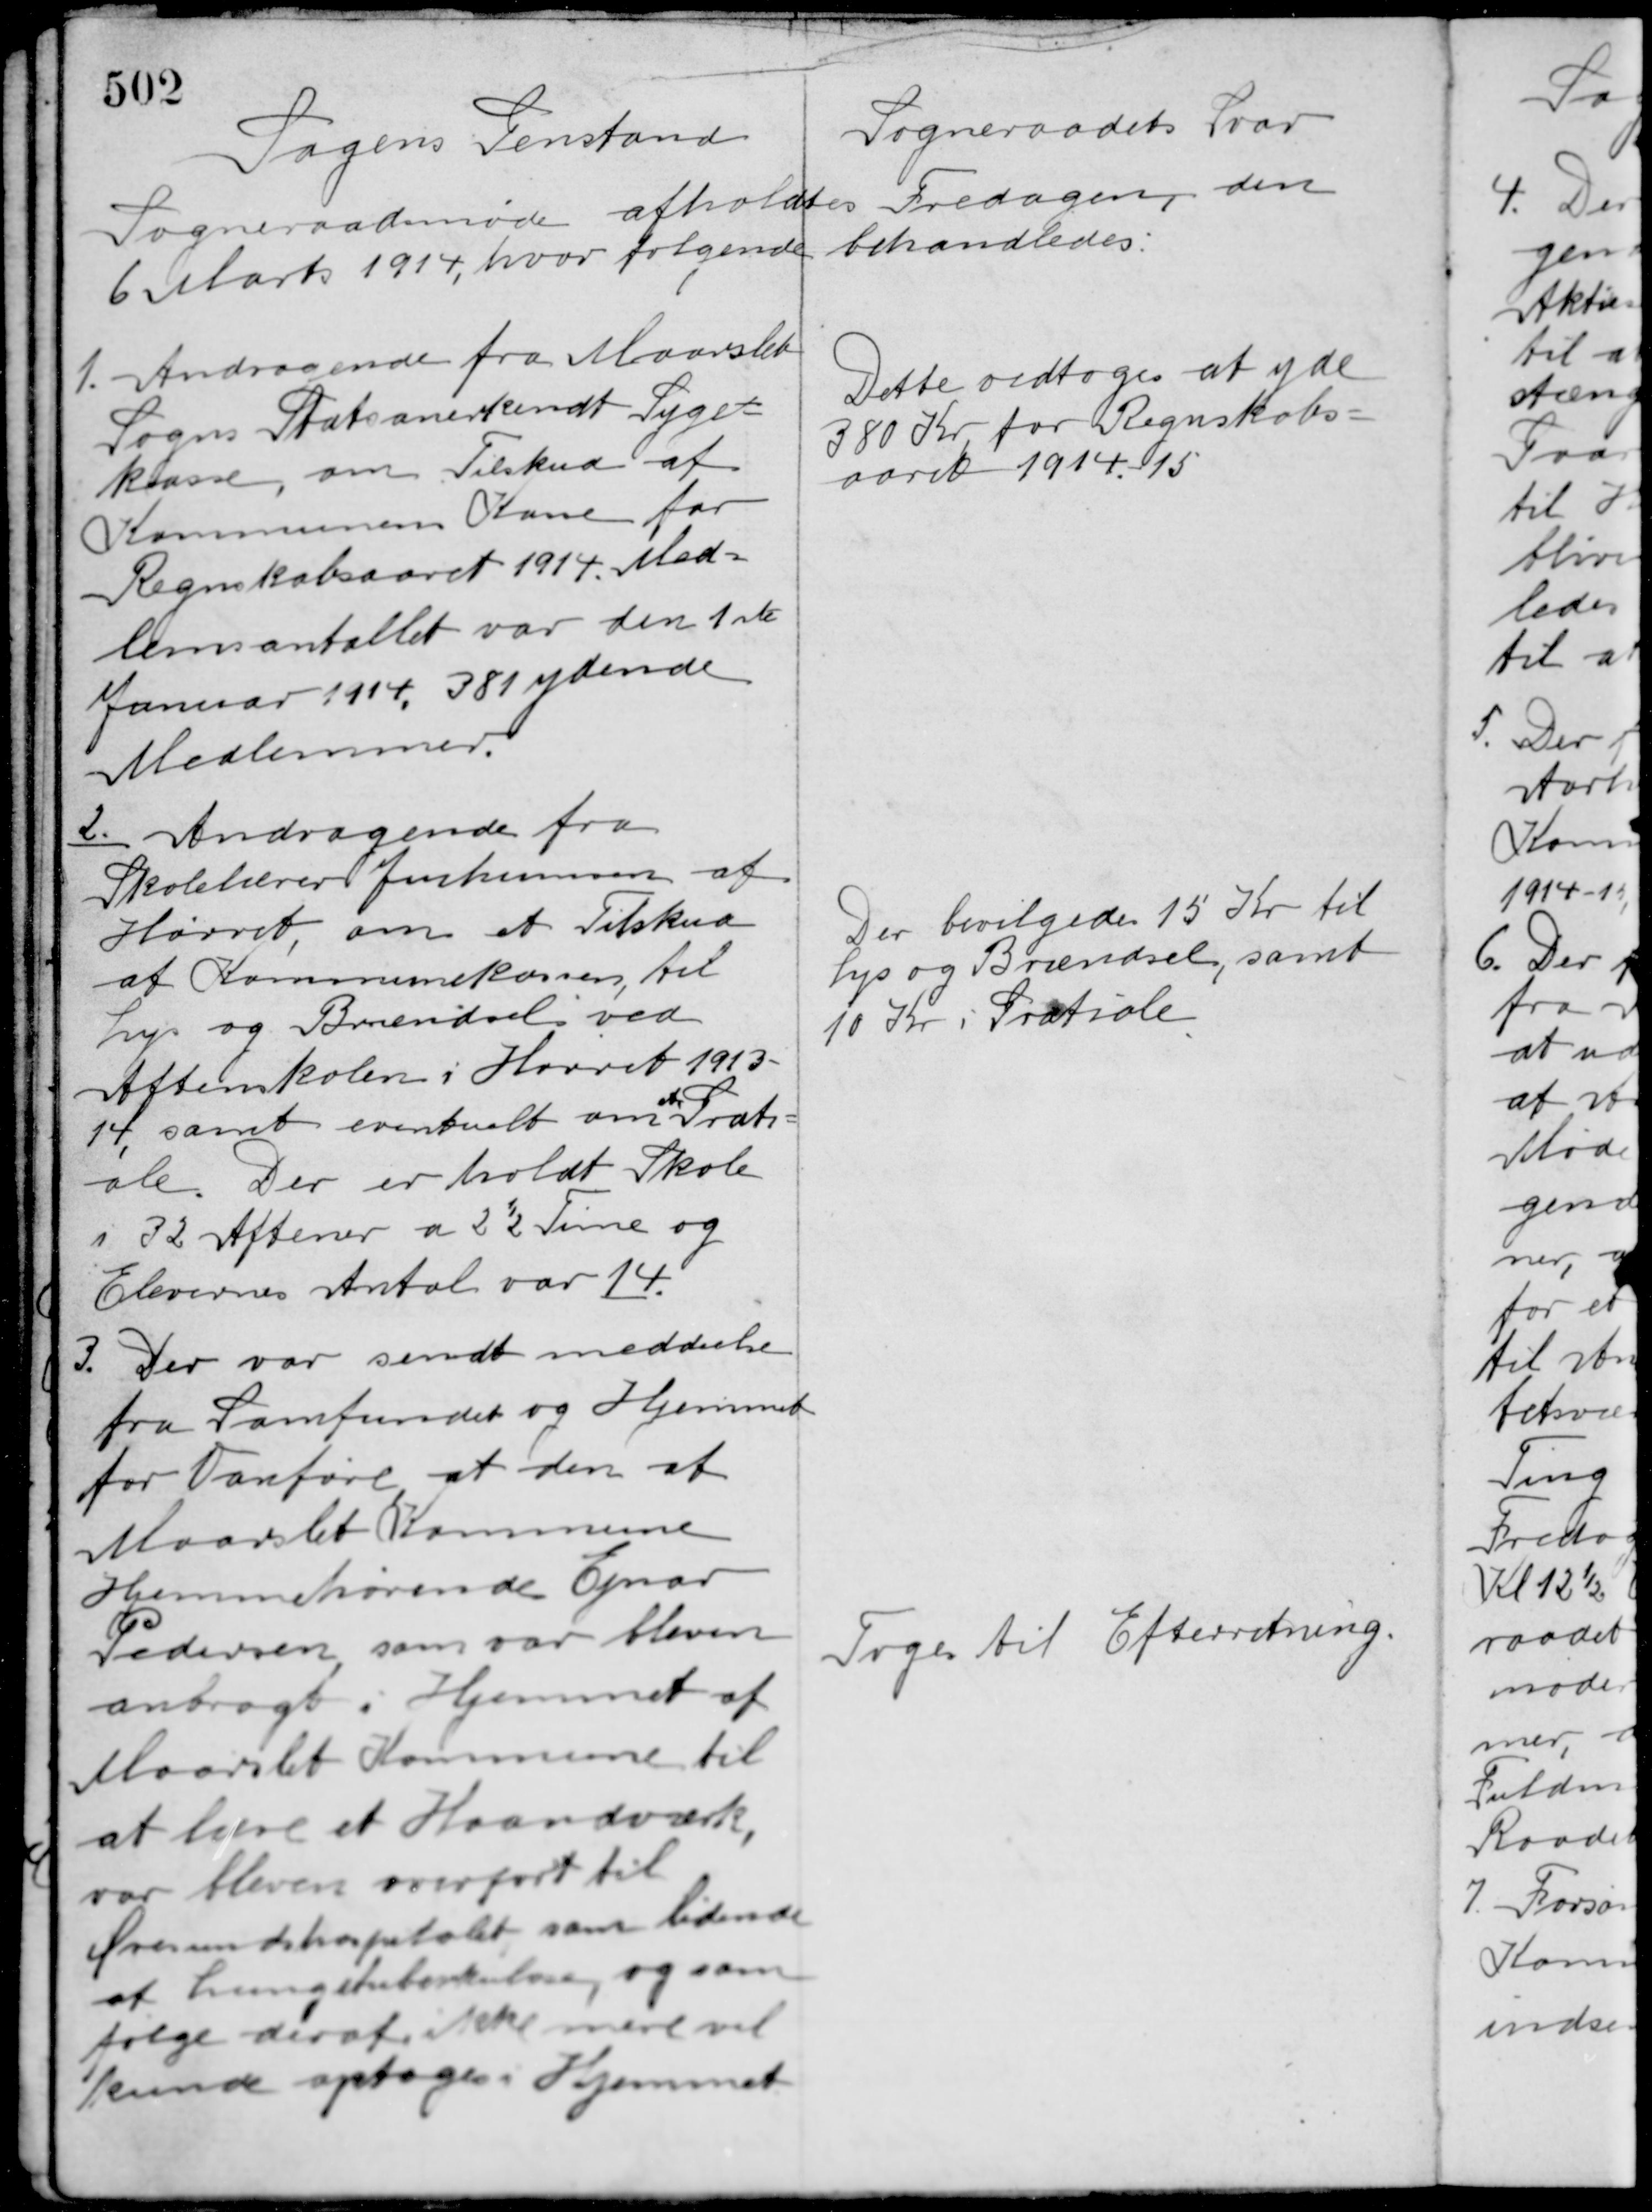
Transskription:
Sagens Genstand

Sogneraadets Svar

Sogneraadsmøde afholdtes Fredagen, den
6 Marts 1914, hvor følgende behandledes:

1. Andragende fra Maarslet
Sogns Statsanerkendt Syge-
kasse, om Tilskud af
Kommunens Kasse for
Regnskabsaaret 1914. Med-
lemsantallet var den 1ste
Januar 1914, 381 ydende
Medlemmer.

Dette vedtoges at yde
380 Kr. for Regnskabs-
aaret 1914-15

2.
Andragende fra
Skolelærer Jochumsen af
Hørret om et Tilskud
af Kommunekassen til
Lys og Brændsel ved
Aftenskolen i Hørret 1913-
14, samt eventuelt om
et
Grati-
ale. Der er holdt Skole
i 32 Aftener a 2½ Time og
Elevernes Antal var 14.

Der bevilgedes 15 Kr. til
Lys og Brændsel, samt
10 Kr. i Gratiale.

3. Der var sendt meddelelse
fra Samfundet og Hjemmet
for Vanføre at den af
Maarslet Kommune
Hjemmehørende Ejnar
Pedersen, som var bleven
anbragt i Hjemmet af
Maarslet Kommune til
at lære et Haandværk,
var bleven overført til
Øresundshospitalet som lidende
af Lungetuberkulose og som
følge deraf ikke mere vil
kunde optages Hjemmet

Toges til Efterretning